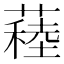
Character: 𦽂